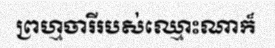
ព្រហ្មចារីរបស់ឈ្មោះណាក៏